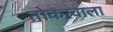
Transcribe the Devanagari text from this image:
तोकरवाला